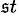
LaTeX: ^{\mathfrak{s}t}